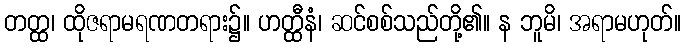
တတ္ထ၊ ထိုဇရာမရဏတရား၌။ ဟတ္ထီနံ၊ ဆင်စစ်သည်တို့၏။ န ဘူမိ၊ အရာမဟုတ်။